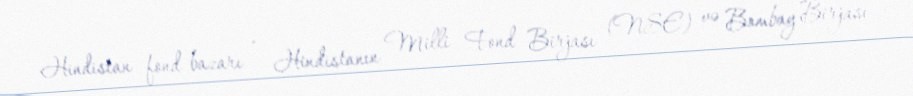
Hindistan fond bazarı - Hindistanın Milli Fond Birjası (NSE) və Bombay Birjası